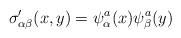
LaTeX: \begin{align*}\sigma'_{\alpha\beta} (x,y)=\psi_{\alpha}^{a}(x)\psi_{\beta}^{a}(y)\end{align*}